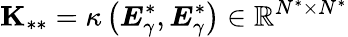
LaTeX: \mathbf{K}_{\ast\ast}=\kappa\left(\boldsymbol{E}_{\gamma}^{\ast},\boldsymbol{E}_{\gamma}^{\ast}\right)\in\mathbb{R}^{N^{\ast}\times N^{\ast}}